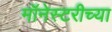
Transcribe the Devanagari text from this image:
मॉनेस्टरीच्या